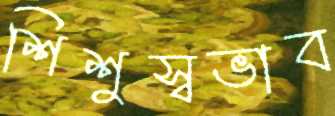
শিশুস্বভাব